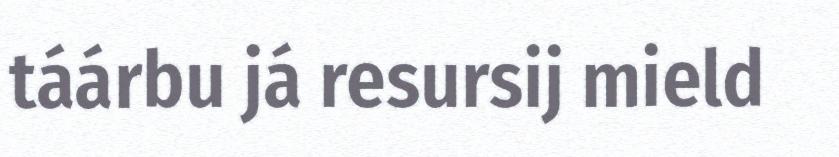
táárbu já resursij mield